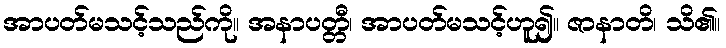
အာပတ်မသင့်သည်ကို။ အနာပတ္တီ၊ အာပတ်မသင့်ဟူ၍။ ဇာနာတိ၊ သိ၏။